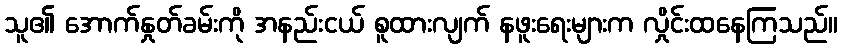
သူ၏ အောက်နှုတ်ခမ်းကို အနည်းငယ် စူထားလျက် နဖူးရေးများက လှိုင်းထနေကြသည်။